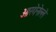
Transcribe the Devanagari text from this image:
ओरगेनेल्ले